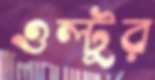
ওল্টুর